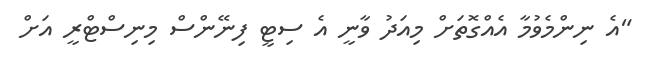
"އެ ނިންމެވުމާ އެއްގޮތަށް މިއަދު ވާނީ އެ ސިޓީ ފިނޭންސް މިނިސްޓްރީ އަށް